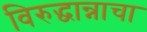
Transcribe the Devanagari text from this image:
विरुद्धान्नाचा